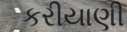
કરીયાણી